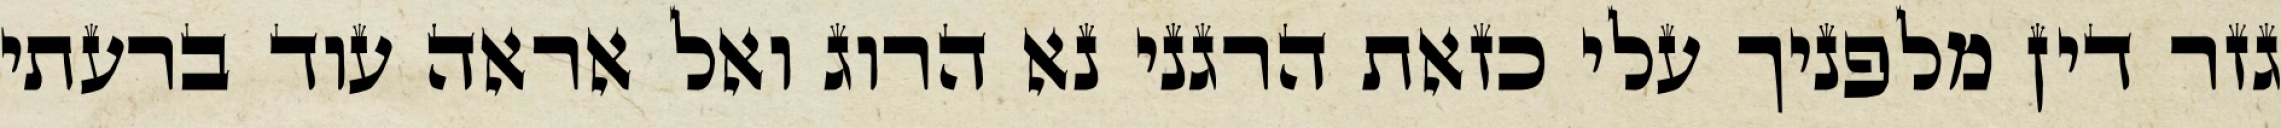
גזר דין מלפניך עלי כזאת הרגני נא הרוג ואל אראה עוד ברעתי